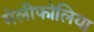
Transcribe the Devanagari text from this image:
मेलीफोलिया